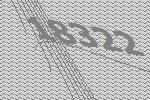
18322